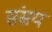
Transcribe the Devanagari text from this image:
संस्रय